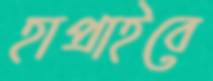
হাপ্‌রাইবে